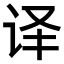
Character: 译